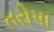
તરોપા